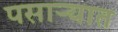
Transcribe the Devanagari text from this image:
पसाऱ्यात